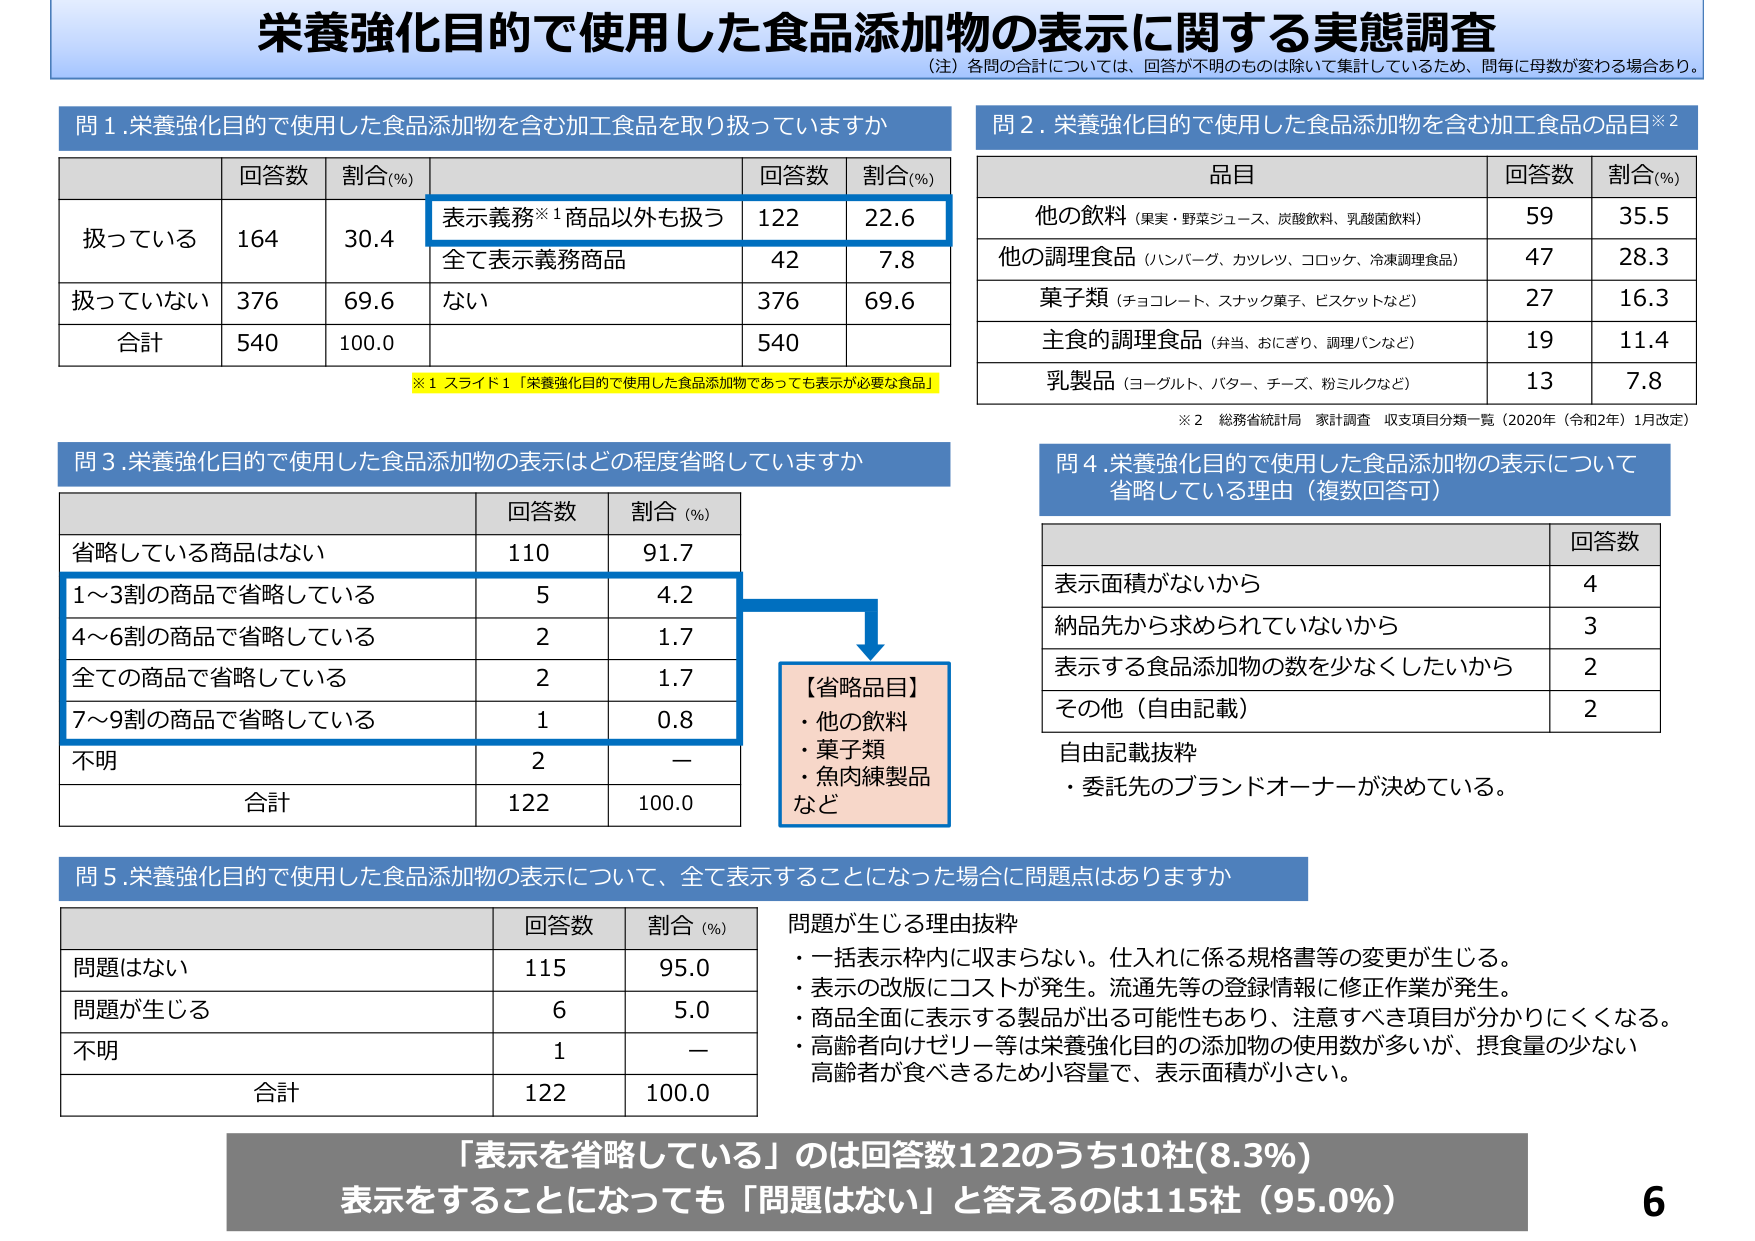
栄養強化目的で使用した食品添加物の表示に関する実態調査
（注）各問の合計については、回答が不明のものは除いて集計しているため、問毎に母数が変わる場合あり。

問1. 栄養強化目的で使用した食品添加物を含む加工食品を取り扱っていますか
| | 回答数 | 割合(%) | | 回答数 | 割合(%) |
|---|---|---|---|---|---|
| 扱っている | 164 | 30.4 | 表示義務※1商品以外も扱う | 122 | 22.6 |
| | | | 全て表示義務商品 | 42 | 7.8 |
| 扱っていない | 376 | 69.6 | ない | 376 | 69.6 |
| 合計 | 540 | 100.0 | | 540 | |

※1 スライド1「栄養強化目的で使用した食品添加物であっても表示が必要な食品」

問2. 栄養強化目的で使用した食品添加物を含む加工食品の品目※2
| 品目 | 回答数 | 割合(%) |
|---|---|---|
| 他の飲料（果実・野菜ジュース、炭酸飲料、乳酸菌飲料） | 59 | 35.5 |
| 他の調理食品（ハンバーグ、カツレツ、コロッケ、冷凍調理食品） | 47 | 28.3 |
| 菓子類（チョコレート、スナック菓子、ビスケットなど） | 27 | 16.3 |
| 主食的調理食品（弁当、おにぎり、調理パンなど） | 19 | 11.4 |
| 乳製品（ヨーグルト、バター、チーズ、粉ミルクなど） | 13 | 7.8 |

※2 総務省統計局 家計調査 収支項目分類一覧（2020年（令和2年）1月改定）

問3. 栄養強化目的で使用した食品添加物の表示はどの程度省略していますか
| | 回答数 | 割合(%) |
|---|---|---|
| 省略している商品はない | 110 | 91.7 |
| 1～3割の商品で省略している | 5 | 4.2 |
| 4～6割の商品で省略している | 2 | 1.7 |
| 全ての商品で省略している | 2 | 1.7 |
| 7～9割の商品で省略している | 1 | 0.8 |
| 不明 | 2 | — |
| 合計 | 122 | 100.0 |

【省略品目】
・他の飲料
・菓子類
・魚肉練製品
など

問4. 栄養強化目的で使用した食品添加物の表示について省略している理由（複数回答可）
| | 回答数 |
|---|---|
| 表示面積がないから | 4 |
| 納品先から求められていないから | 3 |
| 表示する食品添加物の数を少なくしたいから | 2 |
| その他（自由記載） | 2 |

自由記載抜粋
・委託先のブランドオーナーが決めている。

問5. 栄養強化目的で使用した食品添加物の表示について、全て表示することになった場合に問題はありますか
| | 回答数 | 割合(%) |
|---|---|---|
| 問題はない | 115 | 95.0 |
| 問題が生じる | 6 | 5.0 |
| 不明 | 1 | — |
| 合計 | 122 | 100.0 |

問題が生じる理由抜粋
・一括表示枠内に収まらない。仕入れに係る規格書等の変更が生じる。
・表示の改版にコストが発生。流通先等の登録情報に修正作業が発生。
・商品全面に表示する製品が出る可能性もあり、注意すべき項目が分かりにくくなる。
・高齢者向けゼリー等は栄養強化目的の添加物の使用数が多いが、摂食量の少ない高齢者が食べきるため小容量で、表示面積が小さい。

「表示を省略している」のは回答数122のうち10社(8.3%)
表示をすることになっても「問題はない」と答えるのは115社（95.0%）

6